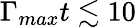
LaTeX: \Gamma_{max}t\lesssim 10